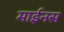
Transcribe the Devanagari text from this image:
माईनस